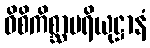
ဝိစိကိစ္ဆာပရိယုဋ္ဌာနံ